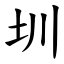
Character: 圳